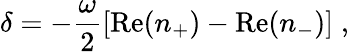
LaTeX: \delta=-\frac{\omega}{2}[\mathrm{Re}(n_{+})-\mathrm{Re}(n_{-})]\; ,